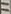
Text: 11